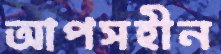
আপসহীন